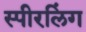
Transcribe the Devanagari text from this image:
स्पीरलिंग